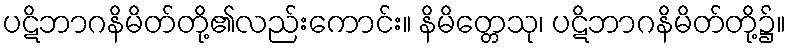
ပဋိဘာဂနိမိတ်တို့၏လည်းကောင်း။ နိမိတ္တေသု၊ ပဋိဘာဂနိမိတ်တို့၌။